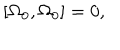
LaTeX: \left[ \Omega _ { 0 } , \Omega _ { 0 } \right] = 0 ,